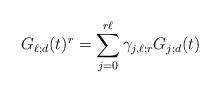
LaTeX: \begin{align*}G_{\ell;d}(t)^r =\sum_{j=0}^{r \ell} \gamma_{j,\ell; r} G_{j;d}(t)\end{align*}